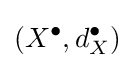
(X^{\bullet },d_{X}^{\bullet })